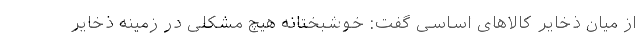
از میان ذخایر کالاهای اساسی گفت: خوشبختانه هیچ مشکلی در زمینه ذخایر